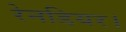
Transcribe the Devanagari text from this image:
रेनडियर।